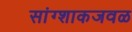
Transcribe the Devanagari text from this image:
सांग्शाकजवळ